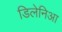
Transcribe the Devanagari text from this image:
डिलेनिआ